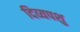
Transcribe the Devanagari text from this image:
दिव्यपशु